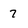
Character: 7